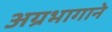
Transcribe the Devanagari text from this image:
अग्रभागाने